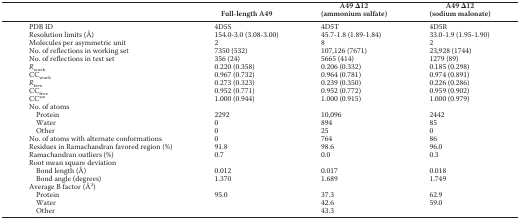
<table><thead><tr><td></td><td><b>Full-length A49</b></td><td><b>A49 Δ12 (ammonium sulfate)</b></td><td><b>A49 Δ12 (sodium malonate)</b></td></tr></thead><tbody><tr><td>PDB ID</td><td>4D5S</td><td>4D5T</td><td>4D5R</td></tr><tr><td>Resolution limits (Å)</td><td>154.0-3.0 (3.08-3.00)</td><td>45.7-1.8 (1.89-1.84)</td><td>33.0-1.9 (1.95-1.90)</td></tr><tr><td>Molecules per asymmetric unit</td><td>2</td><td>8</td><td>2</td></tr><tr><td>No. of reflections in working set</td><td>7350 (532)</td><td>107,126 (7671)</td><td>23,928 (1744)</td></tr><tr><td>No. of reflections in test set</td><td>356 (24)</td><td>5665 (414)</td><td>1279 (89)</td></tr><tr><td><i>R</i><sub>work</sub></td><td>0.220 (0.358)</td><td>0.206 (0.332)</td><td>0.185 (0.298)</td></tr><tr><td>CC<sub>work</sub></td><td>0.967 (0.732)</td><td>0.964 (0.781)</td><td>0.974 (0.891)</td></tr><tr><td><i>R</i><sub>free</sub></td><td>0.273 (0.323)</td><td>0.239 (0.350)</td><td>0.226 (0.286)</td></tr><tr><td>CC<sub>free</sub></td><td>0.952 (0.771)</td><td>0.952 (0.772)</td><td>0.959 (0.902)</td></tr><tr><td>CC*<i><sup>a</sup></i></td><td>1.000 (0.944)</td><td>1.000 (0.915)</td><td>1.000 (0.979)</td></tr><tr><td>No. of atoms</td><td></td><td></td><td></td></tr><tr><td>Protein</td><td>2292</td><td>10,096</td><td>2442</td></tr><tr><td>Water</td><td>0</td><td>894</td><td>85</td></tr><tr><td>Other</td><td>0</td><td>25</td><td>0</td></tr><tr><td>No. of atoms with alternate conformations</td><td>0</td><td>764</td><td>86</td></tr><tr><td>Residues in Ramachandran favored region (%)</td><td>91.8</td><td>98.6</td><td>96.0</td></tr><tr><td>Ramachandran outliers (%)</td><td>0.7</td><td>0.0</td><td>0.3</td></tr><tr><td>Root mean square deviation</td><td></td><td></td><td></td></tr><tr><td>Bond length (Å)</td><td>0.012</td><td>0.017</td><td>0.018</td></tr><tr><td>Bond angle (degrees)</td><td>1.370</td><td>1.689</td><td>1.749</td></tr><tr><td>Average B factor (Å<sup>2</sup>)</td><td></td><td></td><td></td></tr><tr><td>Protein</td><td>95.0</td><td>37.3</td><td>62.9</td></tr><tr><td>Water</td><td></td><td>42.6</td><td>59.0</td></tr><tr><td>Other</td><td></td><td>43.3</td><td></td></tr></tbody></table>